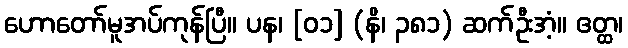
ဟောတော်မူအပ်ကုန်ပြီ။ ပန၊ [၀၁] (နိ၊ ၃၈၁) ဆက်ဦးအံ့။ ဧတ္ထ၊